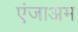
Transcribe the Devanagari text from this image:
एंजाअम